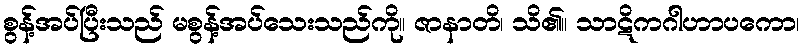
စွန့်အပ်ပြီးသည် မစွန့်အပ်သေးသည်ကို။ ဇာနာတိ၊ သိ၏။ သာဋိကဂါဟာပကော၊